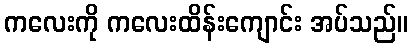
ကလေးကို ကလေးထိန်းကျောင်း အပ်သည်။